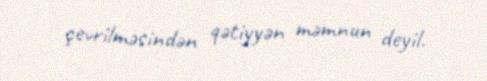
çevrilməsindən qətiyyən məmnun deyil.